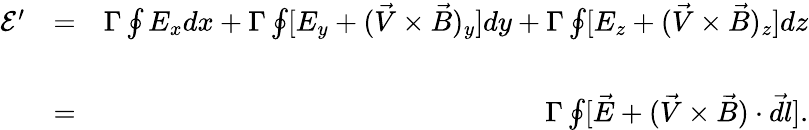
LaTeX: \begin{array}{rlr}{\mathcal E^{\prime}}&{=}&{\Gamma\oint E_{x}dx+\Gamma\oint[E_{y}+(\vec{V}\times\vec{B})_{y}]dy+\Gamma\oint[E_{z}+(\vec{V}\times\vec{B})_{z}]dz}\\ &{}&\\ &{=}&{\Gamma\oint[\vec{E}+(\vec{V}\times\vec{B})\cdot\vec{dl}].}\end{array}